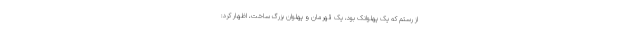
از رستم که یک پهلوانک بود، یک قهرمان و پهلوان بزرگ ساخت، اظهار کرد: